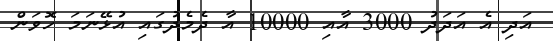
އަދި އެ އަދަދު 3000 އާއި 10000 އާ ދެމެދުގައި އުޅޭނަމަ ހޮވަން